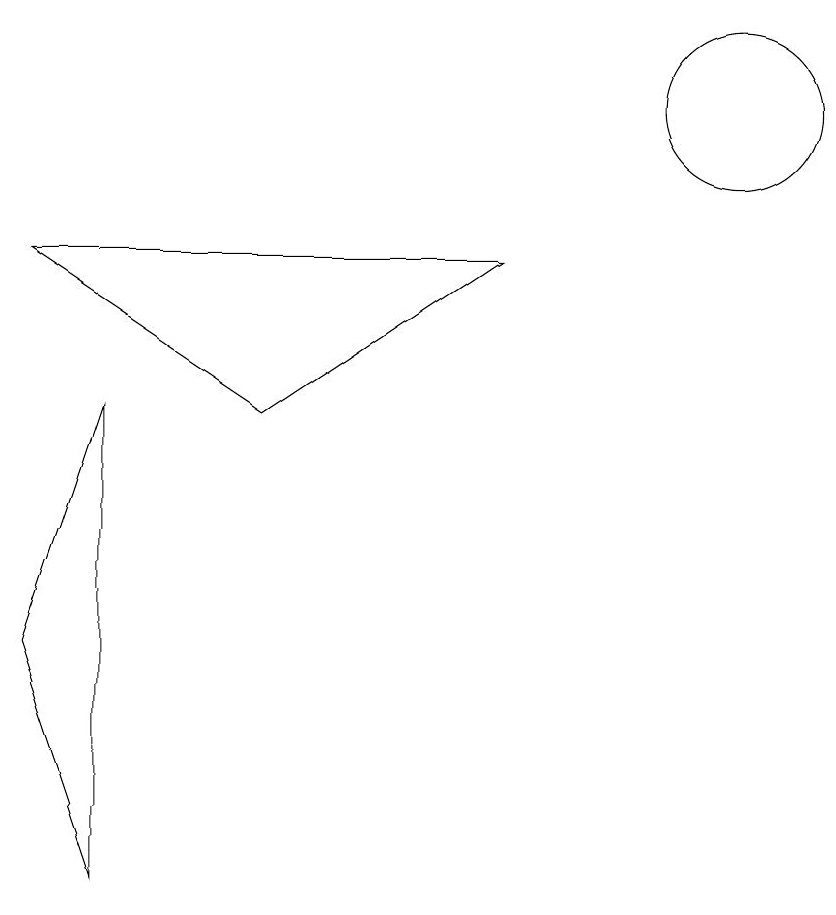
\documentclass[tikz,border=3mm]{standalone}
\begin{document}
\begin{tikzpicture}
\draw (3,7) -- (2,4) -- (3,1) -- cycle;
\draw (11,11) circle (1);
\draw (8,9) -- (2,9) -- (5,7) -- cycle;
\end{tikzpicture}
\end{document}